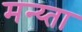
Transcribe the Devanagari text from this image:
मन्य्ता